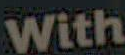
With